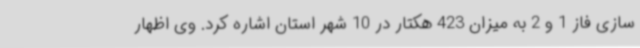
سازی فاز 1 و 2 به میزان 423 هکتار در 10 شهر استان اشاره کرد. وی اظهار